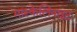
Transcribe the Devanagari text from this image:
मास्केलिनाइट